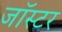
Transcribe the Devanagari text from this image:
जॉस्टर